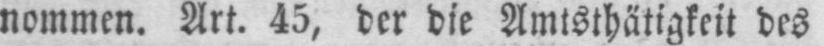
nommen. Art. 45, der die Amtsthätigkeit des